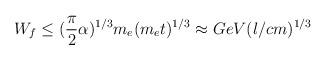
LaTeX: \begin{align*}W_f \leq (\frac {\pi}{2} \alpha)^{1/3}m_e(m_et)^{1/3} \approx GeV(l/cm)^{1/3}\end{align*}